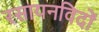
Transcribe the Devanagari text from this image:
रसायनविदों